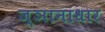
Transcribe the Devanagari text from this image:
ज्ञानाधार